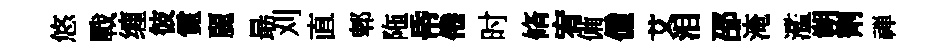
悠戰缠彼霓麗朂刈直郫陁帋倦时脩宥備僮艾泪邵淹濫朔劑禅